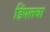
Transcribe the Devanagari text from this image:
डिंपलचा